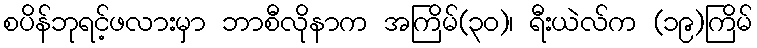
စပိန်ဘုရင့်ဖလားမှာ ဘာစီလိုနာက အကြိမ်(၃၀)၊ ရီးယဲလ်က (၁၉)ကြိမ်